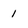
Character: 1